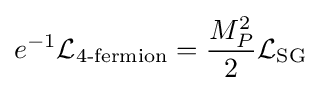
e^{-1}{\mathcal {L}}_{\text{4-fermion}}={\frac {M_{P}^{2}}{2}}{\mathcal {L}}_{\text{SG}}